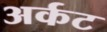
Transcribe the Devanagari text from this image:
अर्कट